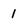
Character: 1